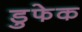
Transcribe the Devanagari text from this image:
डुफेक